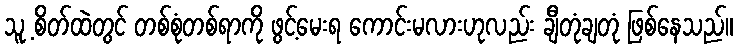
သူ့ စိတ်ထဲတွင် တစ်စုံတစ်ရာကို ဖွင့်မေးရ ကောင်းမလားဟုလည်း ချီတုံချတုံ ဖြစ်နေသည်။